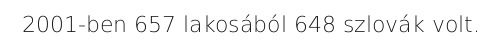
2001-ben 657 lakosából 648 szlovák volt.